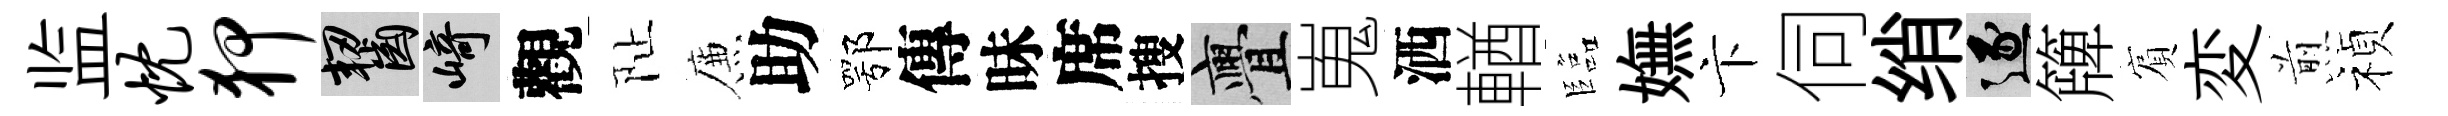
监忱狎齧崎觀阯簾助鄂傳昧席搜亹嵬洒輶臨嫵卞伺绡逐簰賔変煎禎